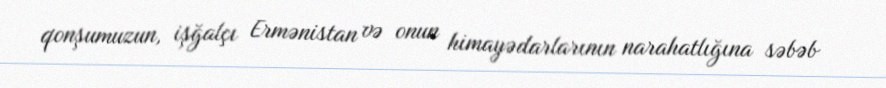
qonşumuzun, işğalçı Ermənistan və onun himayədarlarının narahatlığına səbəb